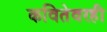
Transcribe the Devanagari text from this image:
कवितेवरही